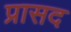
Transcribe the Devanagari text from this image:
प्रासद